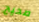
صحيح